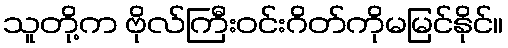
သူတို့က ဗိုလ်ကြီးဝင်းဂိတ်ကိုမမြင်နိုင်။